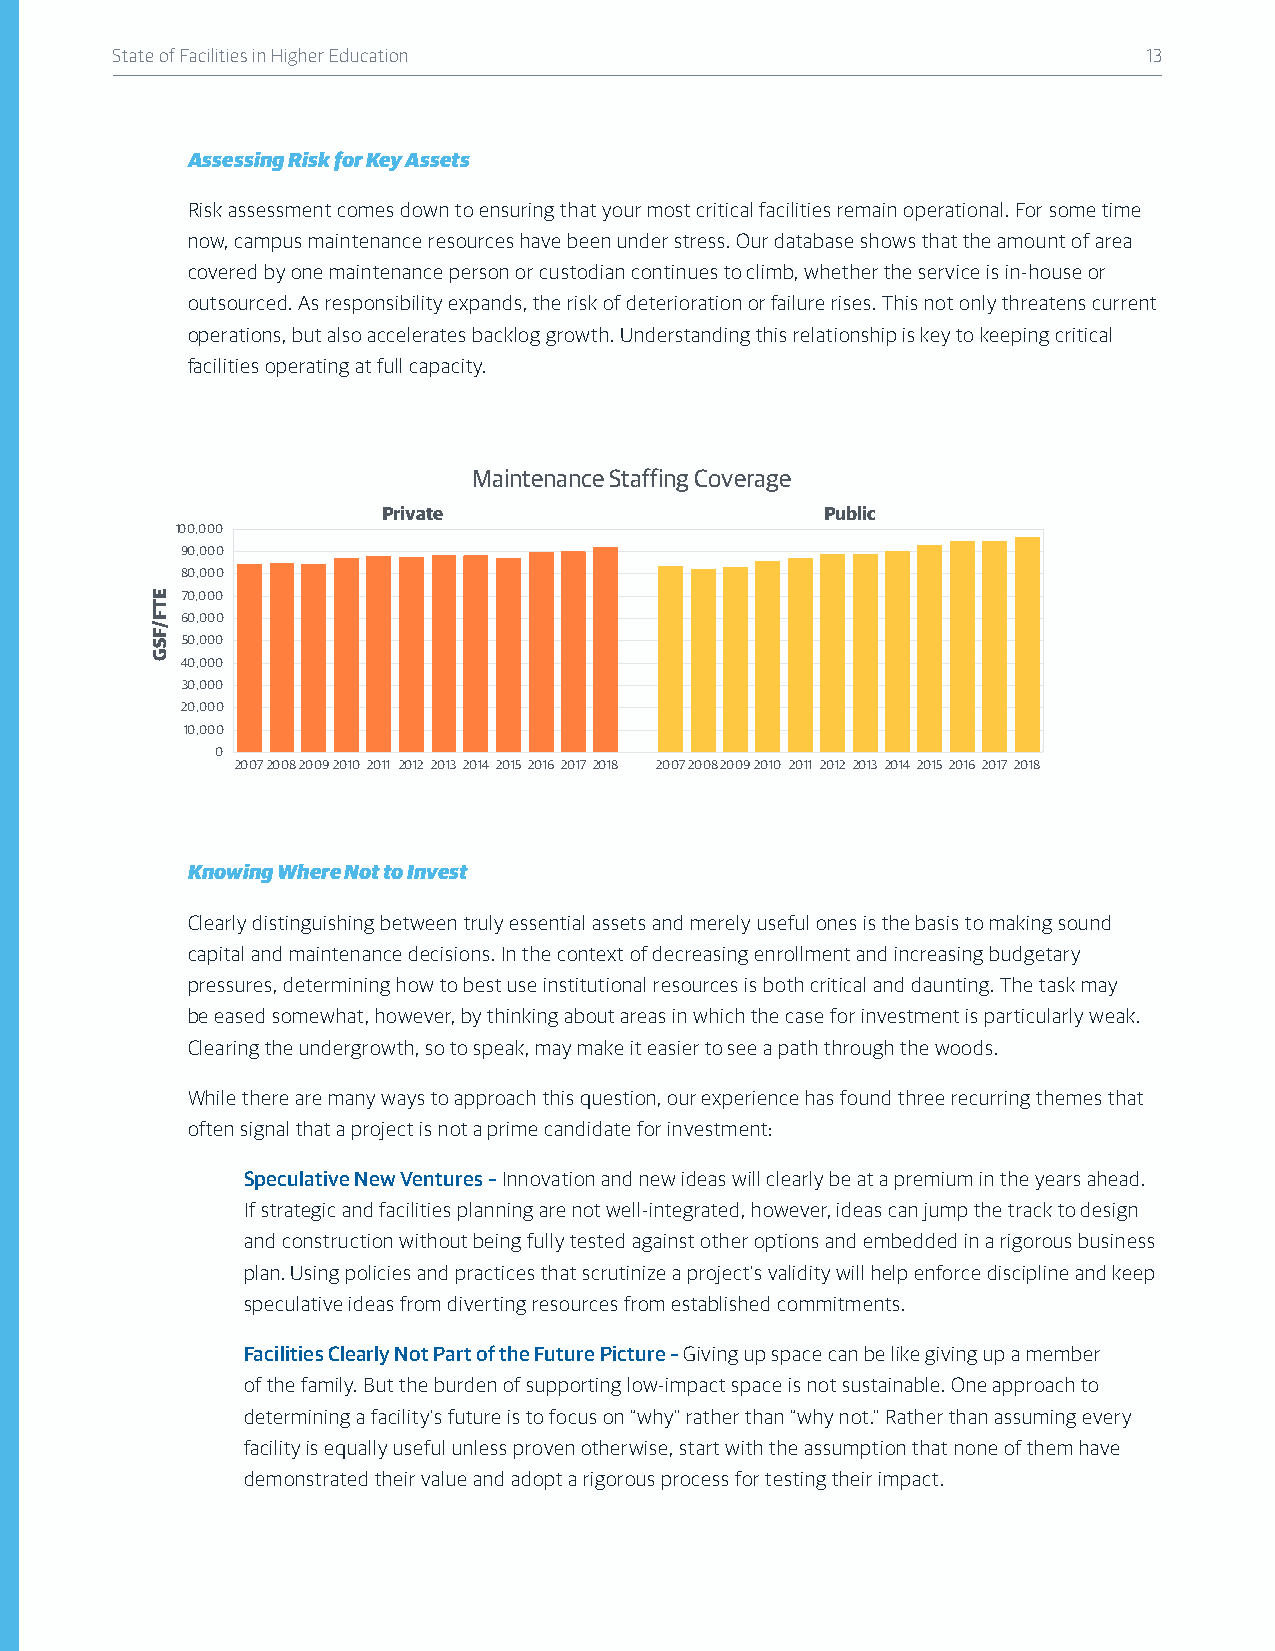
State of Facilities in Higher Education                              13
 Assessing Risk for Key Assets
 Risk assessment comes down to ensuring that your most critical facilities remain operational. For some time
 now, campus maintenance resources have been under stress. Our database shows that the amount of area
 covered by one maintenance person or custodian continues to climb, whether the service is in-house or
 outsourced. As responsibility expands, the risk of deterioration or failure rises. This not only threatens current
 operations, but also accelerates backlog growth. Understanding this relationship is key to keeping critical
 facilities operating at full capacity.
 Maintenance Staffing Coverage
 Private                       Public
 100,000
 90,000
 80,000
 70,000
 60,000
 50,000
 40,000
 30,000
 20,000
 10,000
 0
 2007200820092010 2011 2012 2013 2014 2015 2016 2017 2018 2007200820092010 2011 2012 2013 2014 2015 2016 2017 2018
 Knowing Where Not to Invest
 Clearly distinguishing between truly essential assets and merely useful ones is the basis to making sound
 capital and maintenance decisions. In the context of decreasing enrollment and increasing budgetary
 pressures, determining how to best use institutional resources is both critical and daunting. The task may
 be eased somewhat, however, by thinking about areas in which the case for investment is particularly weak.
 Clearing the undergrowth, so to speak, may make it easier to see a path through the woods.
 While there are many ways to approach this question, our experience has found three recurring themes that
 often signal that a project is not a prime candidate for investment:
 Speculative New Ventures – Innovation and new ideas will clearly be at a premium in the years ahead.
 If strategic and facilities planning are not well-integrated, however, ideas can jump the track to design
 and construction without being fully tested against other options and embedded in a rigorous business
 plan. Using policies and practices that scrutinize a project’s validity will help enforce discipline and keep
 speculative ideas from diverting resources from established commitments.
 Facilities Clearly Not Part of the Future Picture – Giving up space can be like giving up a member
 of the family. But the burden of supporting low-impact space is not sustainable. One approach to
 determining a facility’s future is to focus on “why” rather than “why not.” Rather than assuming every
 facility is equally useful unless proven otherwise, start with the assumption that none of them have
 demonstrated their value and adopt a rigorous process for testing their impact.
 ETF/FSG